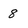
Character: 8